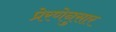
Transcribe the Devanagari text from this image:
प्रेरणेनुसार